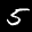
Label: 5